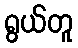
ရွယ်တူ